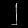
Digit: ၂